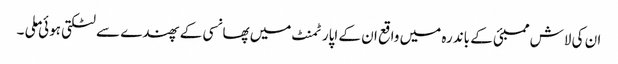
ان کی لاش ممبئی کے باندرہ میں واقع ان کے اپارٹمنٹ میں پھانسی کے پھندے سے لٹکتی ہوئی ملی ۔